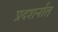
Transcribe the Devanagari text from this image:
प्रदशर्नात